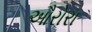
ઔરોરા